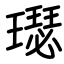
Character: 璱